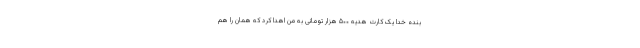
بنده خدا یک کارت هدیه ۵۰۰ هزار تومانی به من اهدا کرد که همان را هم